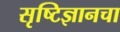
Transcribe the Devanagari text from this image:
सृष्टिज्ञानचा